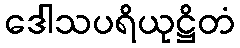
ဒေါသပရိယုဋ္ဌိတံ